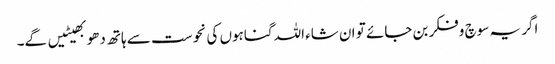
اگر یہ سوچ وفکر بن جائے تو ان شاء اللہ گناہوں کی نحوست سے ہاتھ دھو بھیٹیں گے۔